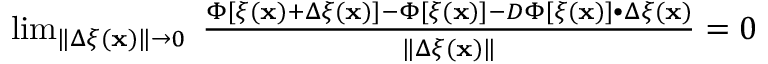
\begin{array} { r } { \operatorname* { l i m } _ { \| \Delta \xi ( \mathbf { x } ) \| \rightarrow 0 } \; \frac { \Phi [ \xi ( \mathbf { x } ) + \Delta \xi ( \mathbf { x } ) ] - \Phi [ \xi ( \mathbf { x } ) ] - D \Phi [ \xi ( \mathbf { x } ) ] \bullet \Delta \xi ( \mathbf { x } ) } { \| \Delta \xi ( \mathbf { x } ) \| } = 0 } \end{array}